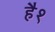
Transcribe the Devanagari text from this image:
है१